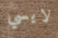
لايسي